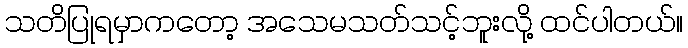
သတိပြုရမှာကတော့ အသေမသတ်သင့်ဘူးလို့ ထင်ပါတယ်။